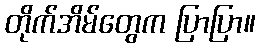
တိုက်အိမ်တွေက ပြာပြာ။